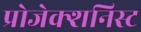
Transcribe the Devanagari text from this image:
प्रोजेक्शनिस्ट